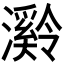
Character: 𪷶